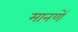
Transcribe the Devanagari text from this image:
मानणें